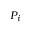
P _ { i }